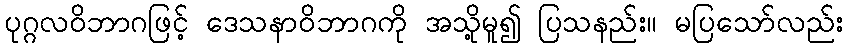
ပုဂ္ဂလဝိဘာဂဖြင့် ဒေသနာဝိဘာဂကို အသို့မူ၍ ပြသနည်း။ မပြသော်လည်း